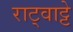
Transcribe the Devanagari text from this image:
राट्वाट्टे